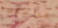
عواطفك